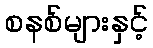
စနစ်များနှင့်